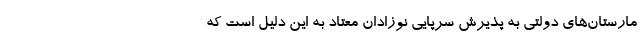
مارستان‌های دولتی به پذیرش سرپایی نوزادان معتاد به این دلیل است که